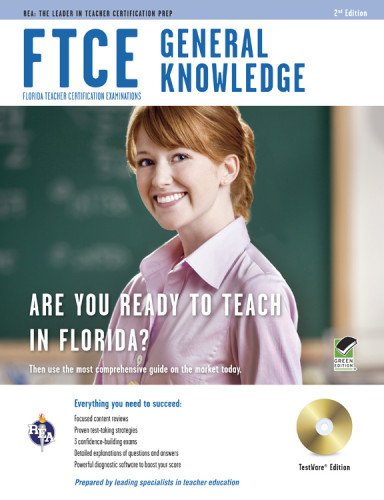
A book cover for FTCE General Knowledge w/ CD-ROM (FTCE Teacher Certification Test Prep); Leasha Barry Ph.D.; Test Preparation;